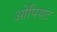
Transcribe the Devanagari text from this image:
ओपियट